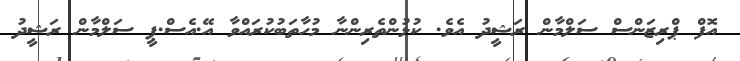
އޮފް ޕްރިޒަންސް ސަލްމާން ރަޝީދު އެވެ. ކުޅުންތެރިންނާ މުހާތަބުކުރައްވާ އޭ.އެސް.ޕީ ސަލްމާން ރަޝީދު